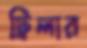
ট্রিলার